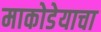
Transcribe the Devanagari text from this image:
माकोडेयाचा